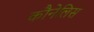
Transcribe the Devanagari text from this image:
कौनेलिस